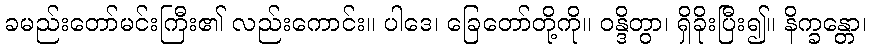
ခမည်းတော်မင်းကြီး၏ လည်းကောင်း။ ပါဒေ၊ ခြေတော်တို့ကို။ ဝန္ဒိတွာ၊ ရှိခိုးပြီး၍။ နိက္ခန္တော၊